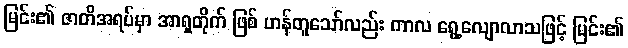
မြင်း၏ ဇာတိအရပ်မှာ အာရှတိုက် ဖြစ် ဟန်တူသော်လည်း ကာလ ရွေ့လျောလာသဖြင့် မြင်း၏